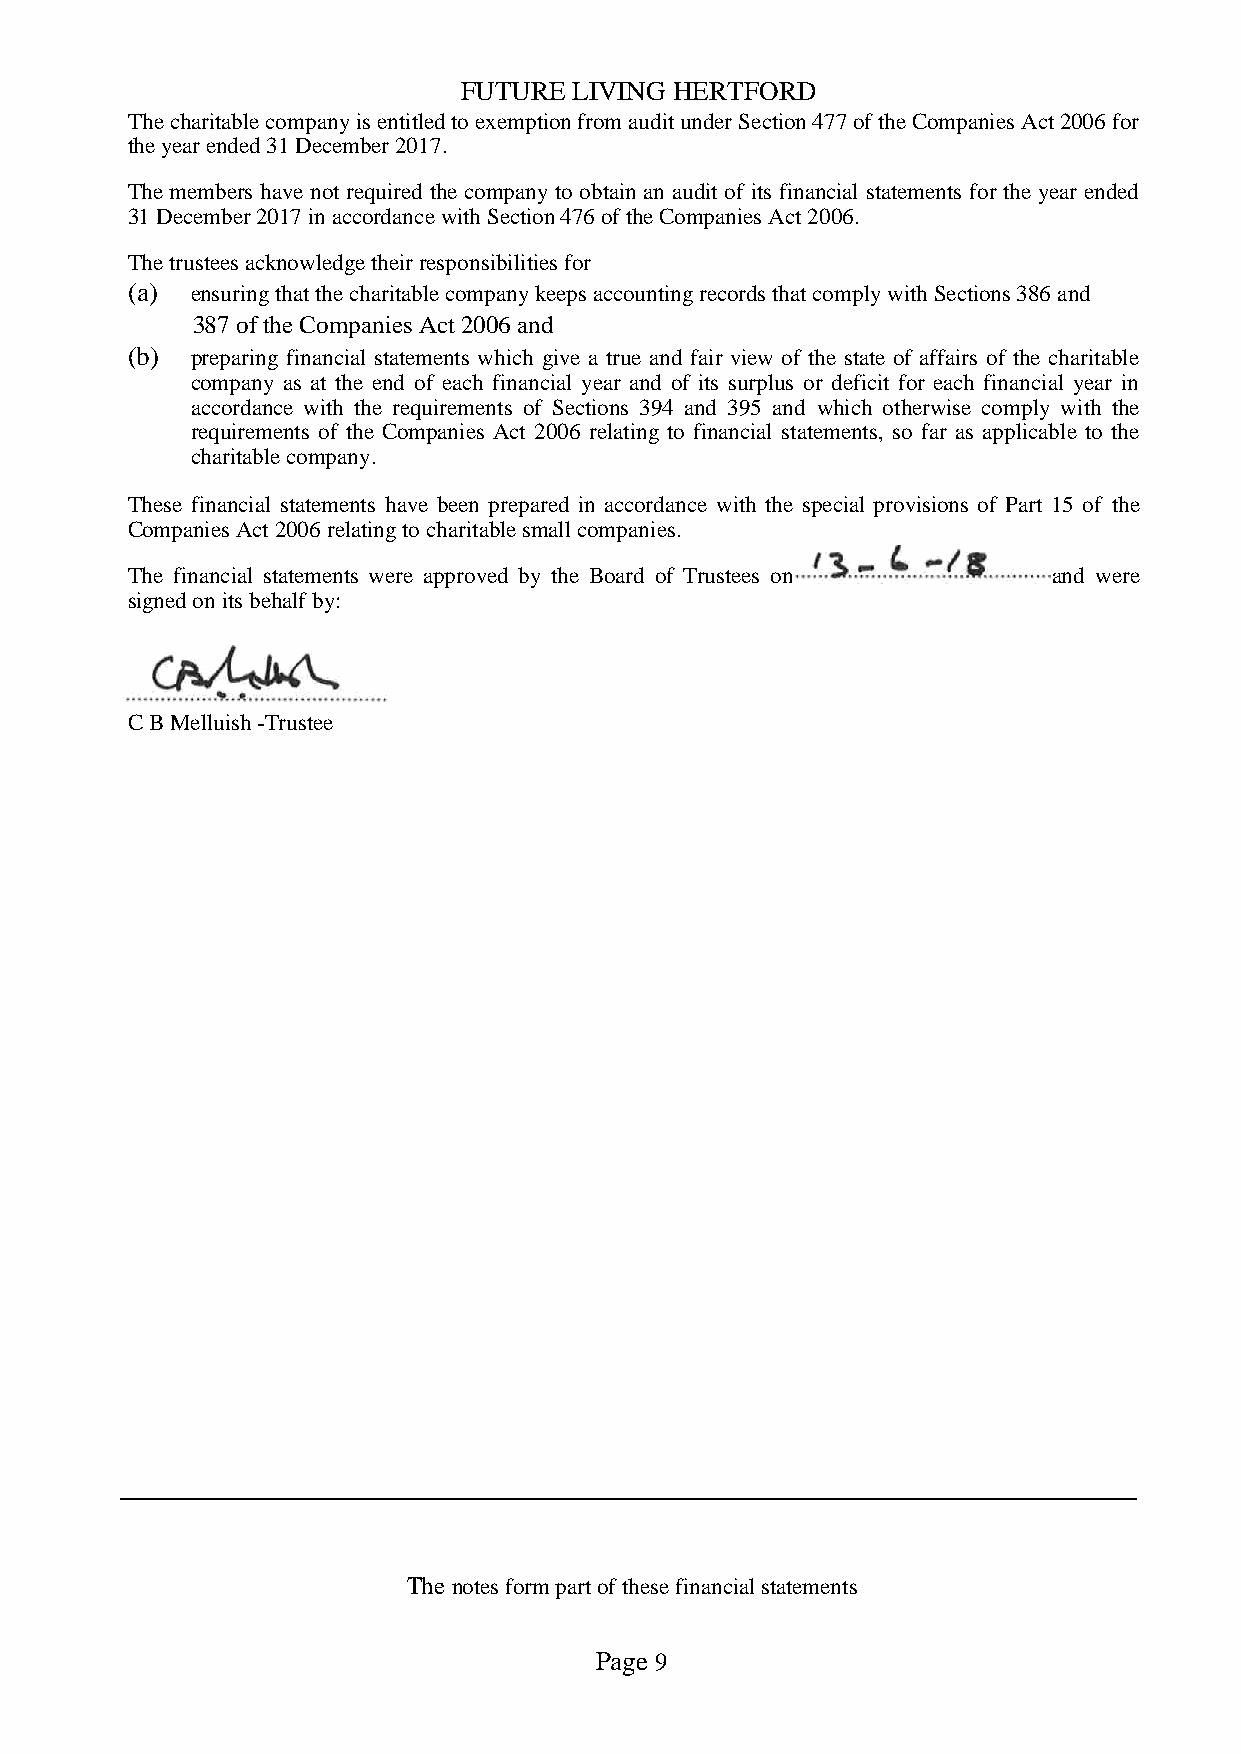
FUTURE LIVING HERTFORD
 The charitable company is entitled to exemption from audit under Section 477 of the Companies Act 2006 for
 the year ended 31 December 2017.
 The members have not required the company to obtain an audit of its financial statements for the year ended
 31 December 2017 in accordance with Section 476 of the Companies Act 2006.
 The trustees acknowledge their responsibilities for
 (a)  ensuring that the charitable company keeps accounting records that comply with Sections 386 and
 387 of the Companies Act 2006 and
 (b)  preparing financial statements which give a true and fair view of the state of affairs of the charitable
 company as at the end of each financial year and of its surplus or deficit for each financial year in
 accordance with the requirements of Sections 394 and 395 and which otherwise comply with the
 requirements of the Companies Act 2006 relating to financial statements, so far as applicable to the
 charitable company.
 These financial statements have been prepared in accordance with the special provisions of Part 15 of the
 Companies Act 2006 relating to charitable small companies.
 The financial statements were approved by the Board of Trustees on and were
 signed on its behalf by:
 C B Melluish -Trustee
 The notes form part of these financial statements
 Page 9